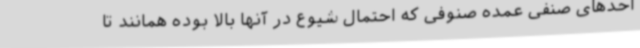
احدهای صنفی عمده صنوفی که احتمال شیوع در آنها بالا بوده همانند تا